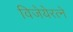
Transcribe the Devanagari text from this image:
विजेयेरत्ने